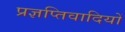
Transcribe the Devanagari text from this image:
प्रज्ञप्तिवादियों